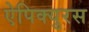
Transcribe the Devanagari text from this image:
ऐपिक्युरस